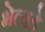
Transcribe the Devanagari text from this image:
भेलाडे